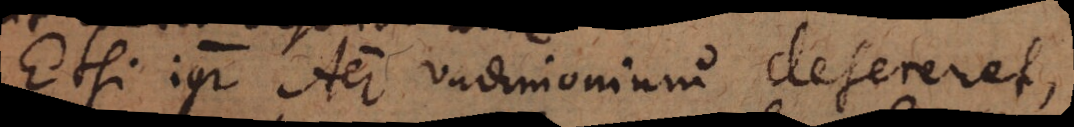
Etsi igitur Aer vadimonium desereret,